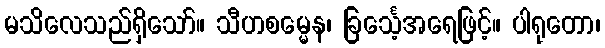
မသိလေသည်ရှိသော်။ သီဟစမ္မေန၊ ခြင်္သေ့အရေဖြင့်။ ပါရုတော၊